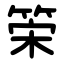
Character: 筞